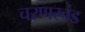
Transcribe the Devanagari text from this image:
चरणखंड